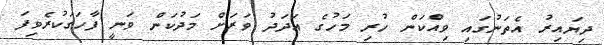
ދިޔައިރު އެތަނުގައި ވިއްކަން ހުރި މަހުގެ އަދަދު ވަރަށް މަދުކަން ވަނީ ފާހަގަކުރެވިފަ